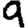
Digit: 9